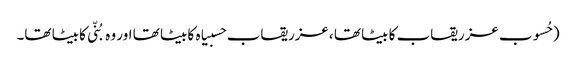
( حُسوب عزریقاب کا بیٹا تھا ،عزریقاب حسبیاہ کا بیٹا تھا اور وہ بُنّی کا بیٹا تھا۔